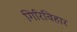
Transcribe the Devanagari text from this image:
गिरिविहार